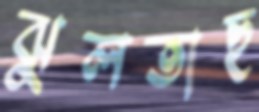
ঝুলতাছ